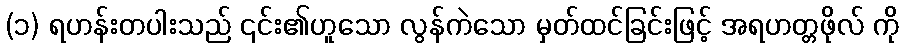
(၁) ရဟန်းတပါးသည် ၎င်း၏ဟူသော လွန်ကဲသော မှတ်ထင်ခြင်းဖြင့် အရဟတ္တဖိုလ် ကို